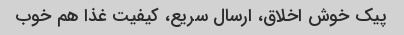
پیک خوش اخلاق، ارسال سریع، کیفیت غذا هم خوب